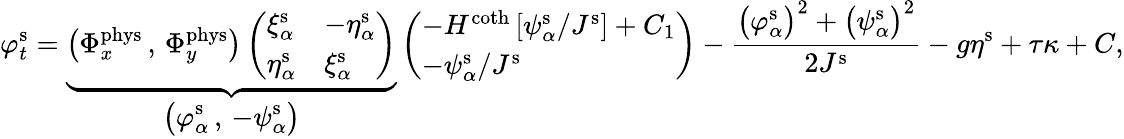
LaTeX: \varphi_{t}^{\mathrm{s}}=\underbrace{\big(\Phi_{x}^{\mathrm{phys}}\, ,\, \Phi_{y}^{\mathrm{phys}}\big)\left(\begin{array}{ll}{\xi_{\alpha}^{\mathrm{s}}}&{-\eta_{\alpha}^{\mathrm{s}}}\\ {\eta_{\alpha}^{\mathrm{s}}}&{\xi_{\alpha}^{\mathrm{s}}}\end{array}\right)}_{\displaystyle\big(\varphi_{\alpha}^{\mathrm{s}}\, ,\, -\psi_{\alpha}^{\mathrm{s}}\big)}\left(\begin{array}{l}{-H^{\coth}\left[\psi_{\alpha}^{\mathrm{s}}/J^{\mathrm{s}}\right]+C_{1}}\\ {-\psi_{\alpha}^{\mathrm{s}}/J^{\mathrm{s}}}\end{array}\right)-\frac{\big(\varphi_{\alpha}^{\mathrm{s}}\big)^{2}+\big(\psi_{\alpha}^{\mathrm{s}}\big)^{2}}{2J^{\mathrm{s}}}-g\eta^{\mathrm{s}}+\tau\kappa+C,